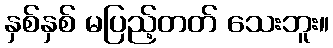
နှစ်နှစ် မပြည့်တတ် သေးဘူး။